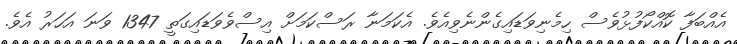
އެއްބަފާ ކޮއްކޯފުޅުވެސް ހިމެނިވަޑައިގެންނެވިއެވެ. އެކަމަނާ ރަސްކަމަށް އިސްވެވަޑައިގަތީ 1347 ވަނަ އަހަރު އެވެ.